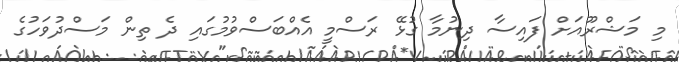
މި މަޝްރޫއަށް ފައިސާ ދިނުމާ ގުޅޭ ރަސްމީ އެއްބަސްވުމުގައި ދެ ތިން މަސްދުވަހުގެ